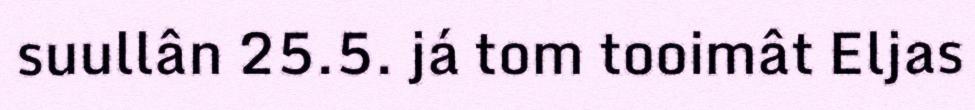
suullân 25.5. já tom tooimât Eljas